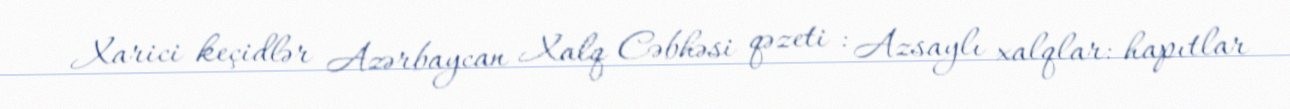
Xarici keçidlər Azərbaycan Xalq Cəbhəsi qəzeti : Azsaylı xalqlar: hapıtlar